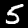
Digit: 5